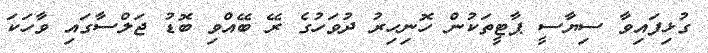
ގުޅިފައިވާ ސިޔާސީ ޕާޓީތަކުން ހޮނިހިރު ދުވަހުގެ ރޭ ބޭއްވި ބޮޑު ޖަލްސާގައި ވާހަކަ